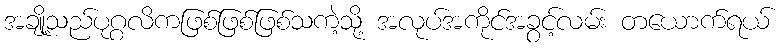
အချို့သည်ပုဂ္ဂလိကဖြစ်ဖြစ်ဖြစ်သကဲ့သို့ အလုပ်အကိုင်အခွင့်လမ်း တယောက်ရယ်